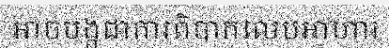
អាចបង្កជាការពិបាកលេបអាហារ